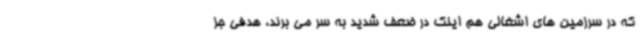
که در سرزمین های اشغالی هم اینک در ضعف شدید به سر می برند، هدفی جز